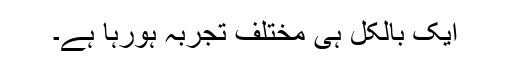
ایک بالکل ہی مختلف تجربہ ہورہا ہے۔